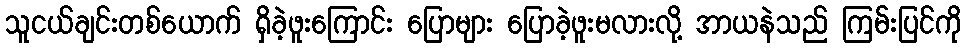
သူငယ်ချင်းတစ်ယောက် ရှိခဲ့ဖူးကြောင်း ပြောများ ပြောခဲ့ဖူးမလားလို့ အာယနဲသည် ကြမ်းပြင်ကို